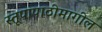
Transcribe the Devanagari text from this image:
स्तूपापाठीमागील